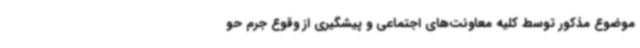
موضوع مذکور توسط کلیه معاونت‌های اجتماعی و پیشگیری از وقوع جرم حو